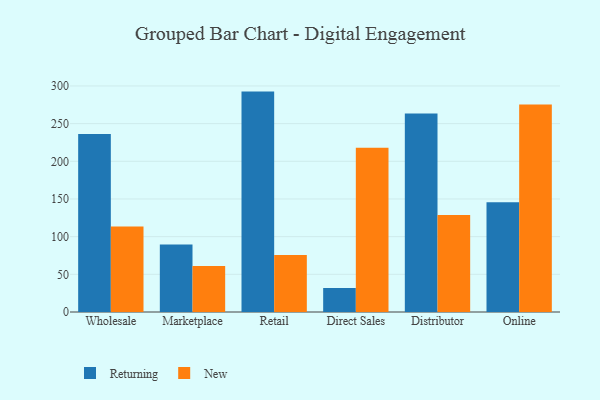
{"axis": {"x": "Channel", "y": "Demand Index"}, "legend": ["New", "Returning"], "data": [{"x": "Wholesale", "y": 236.1, "type": "Returning"}, {"x": "Wholesale", "y": 113.5, "type": "New"}, {"x": "Marketplace", "y": 89.6, "type": "Returning"}, {"x": "Marketplace", "y": 61.1, "type": "New"}, {"x": "Retail", "y": 292.5, "type": "Returning"}, {"x": "Retail", "y": 75.5, "type": "New"}, {"x": "Direct Sales", "y": 31.8, "type": "Returning"}, {"x": "Direct Sales", "y": 217.9, "type": "New"}, {"x": "Distributor", "y": 263.3, "type": "Returning"}, {"x": "Distributor", "y": 128.7, "type": "New"}, {"x": "Online", "y": 145.6, "type": "Returning"}, {"x": "Online", "y": 275.4, "type": "New"}]}